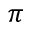
\pi